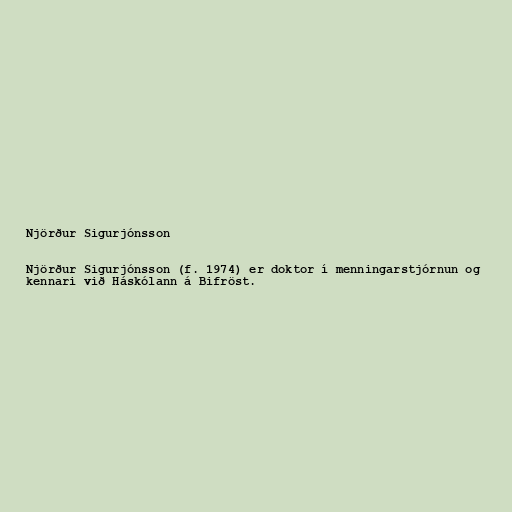
Njörður Sigurjónsson

Njörður Sigurjónsson (f. 1974) er doktor í menningarstjórnun og
kennari við Háskólann á Bifröst.